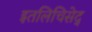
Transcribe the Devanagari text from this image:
इतलिचिसेद्